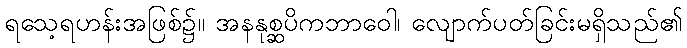
ရသေ့ရဟန်းအဖြစ်၌။ အနနုစ္ဆပိကဘာဝေါ၊ လျောက်ပတ်ခြင်းမရှိသည်၏